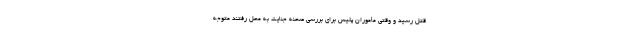
قتل رسید و وقتی مأموران پلیس برای بررسی صحنه جنایت به محل رفتند متوجه